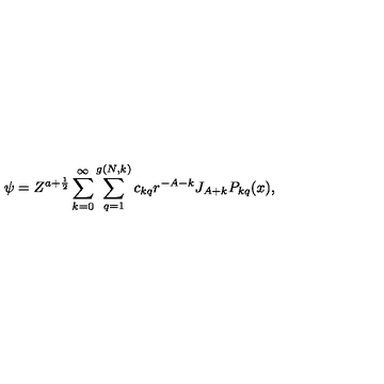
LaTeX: \psi = Z ^ { a + \frac { 1 } { 2 } } \sum _ { k = 0 } ^ { \infty } \sum _ { q = 1 } ^ { g ( N , k ) } c _ { k q } r ^ { - A - k } J _ { A + k } P _ { k q } ( x ) ,